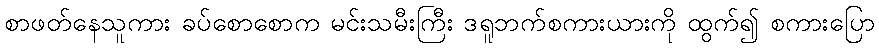
စာဖတ်နေသူကား ခပ်စောစောက မင်းသမီးကြီး ဒရူဘက်စကားယားကို ထွက်၍ စကားပြော